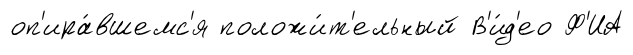
оп'ира́вшемс'я положи́т'ельный В'и́д'ео Ф'ИА